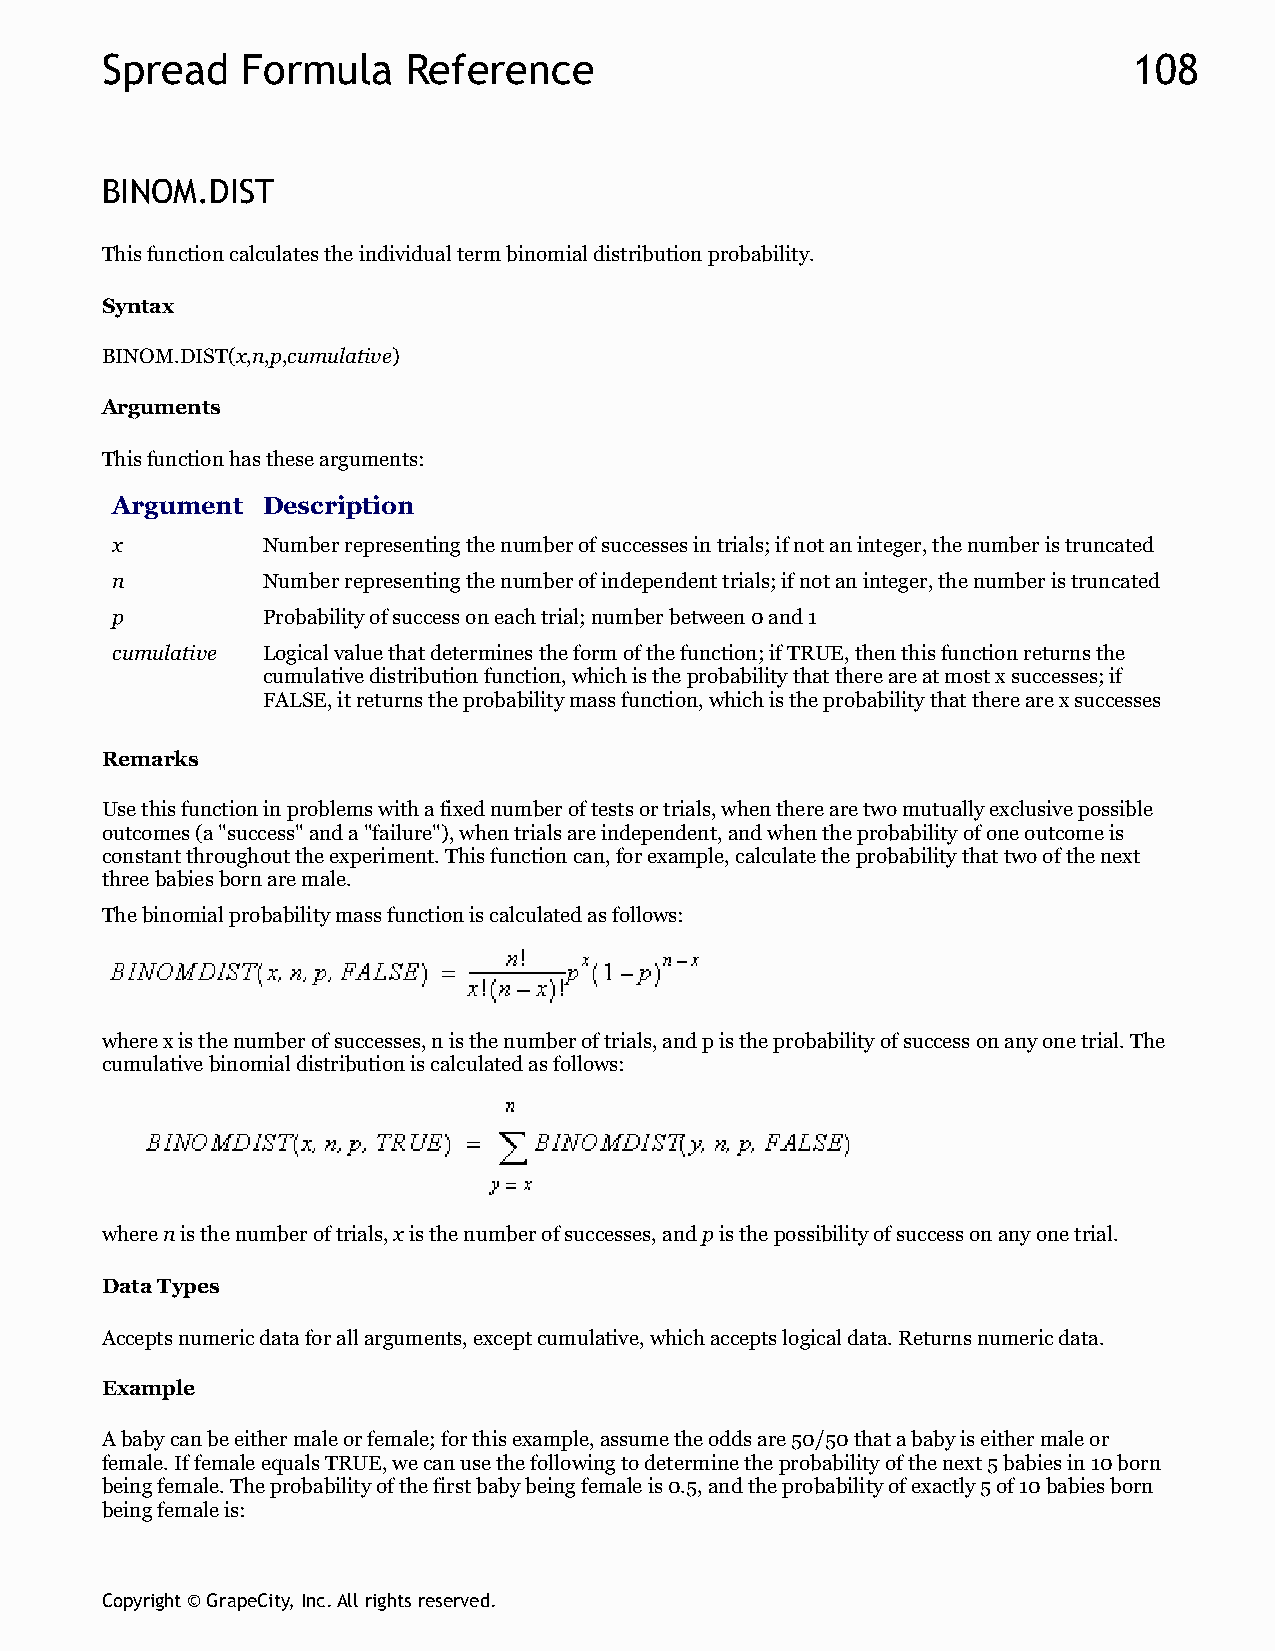
Spread   Formula    Reference                                       108
 BINOM.DIST
 This function calculates the individual term binomial distribution probability.
 Syntax
 BINOM.DIST(x,n,p,cumulative)
 Arguments
 This function has these arguments:
 Argument  Description
 x         Number representing the number of successes in trials; if not an integer, the number is truncated
 n         Number representing the number of independent trials; if not an integer, the number is truncated
 p         Probability of success on each trial; number between 0 and 1
 cumulative Logical value that determines the form of the function; if TRUE, then this function returns the
 cumulative distribution function, which is the probability that there are at most x successes; if
 FALSE, it returns the probability mass function, which is the probability that there are x successes
 Remarks
 Use this function in problems with a fixed number of tests or trials, when there are two mutually exclusive possible
 outcomes (a "success" and a "failure"), when trials are independent, and when the probability of one outcome is
 constant throughout the experiment. This function can, for example, calculate the probability that two of the next
 three babies born are male.
 The binomial probability mass function is calculated as follows:
 where x is the number of successes, n is the number of trials, and p is the probability of success on any one trial. The
 cumulative binomial distribution is calculated as follows:
 where n is the number of trials, x is the number of successes, and p is the possibility of success on any one trial.
 Data Types
 Accepts numeric data for all arguments, except cumulative, which accepts logical data. Returns numeric data.
 Example
 A baby can be either male or female; for this example, assume the odds are 50/50 that a baby is either male or
 female. If female equals TRUE, we can use the following to determine the probability of the next 5 babies in 10 born
 being female. The probability of the first baby being female is 0.5, and the probability of exactly 5 of 10 babies born
 being female is:
 Copyright © GrapeCity, Inc. All rights reserved.